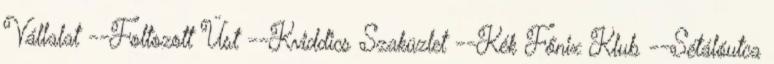
Vállalat --Foltozott Üst --Kviddics Szaküzlet --Kék Főnix Klub --Sétálóutca